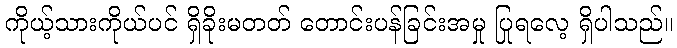
ကိုယ့်သားကိုယ်ပင် ရှိခိုးမတတ် တောင်းပန်ခြင်းအမှု ပြုရလေ့ ရှိပါသည်။